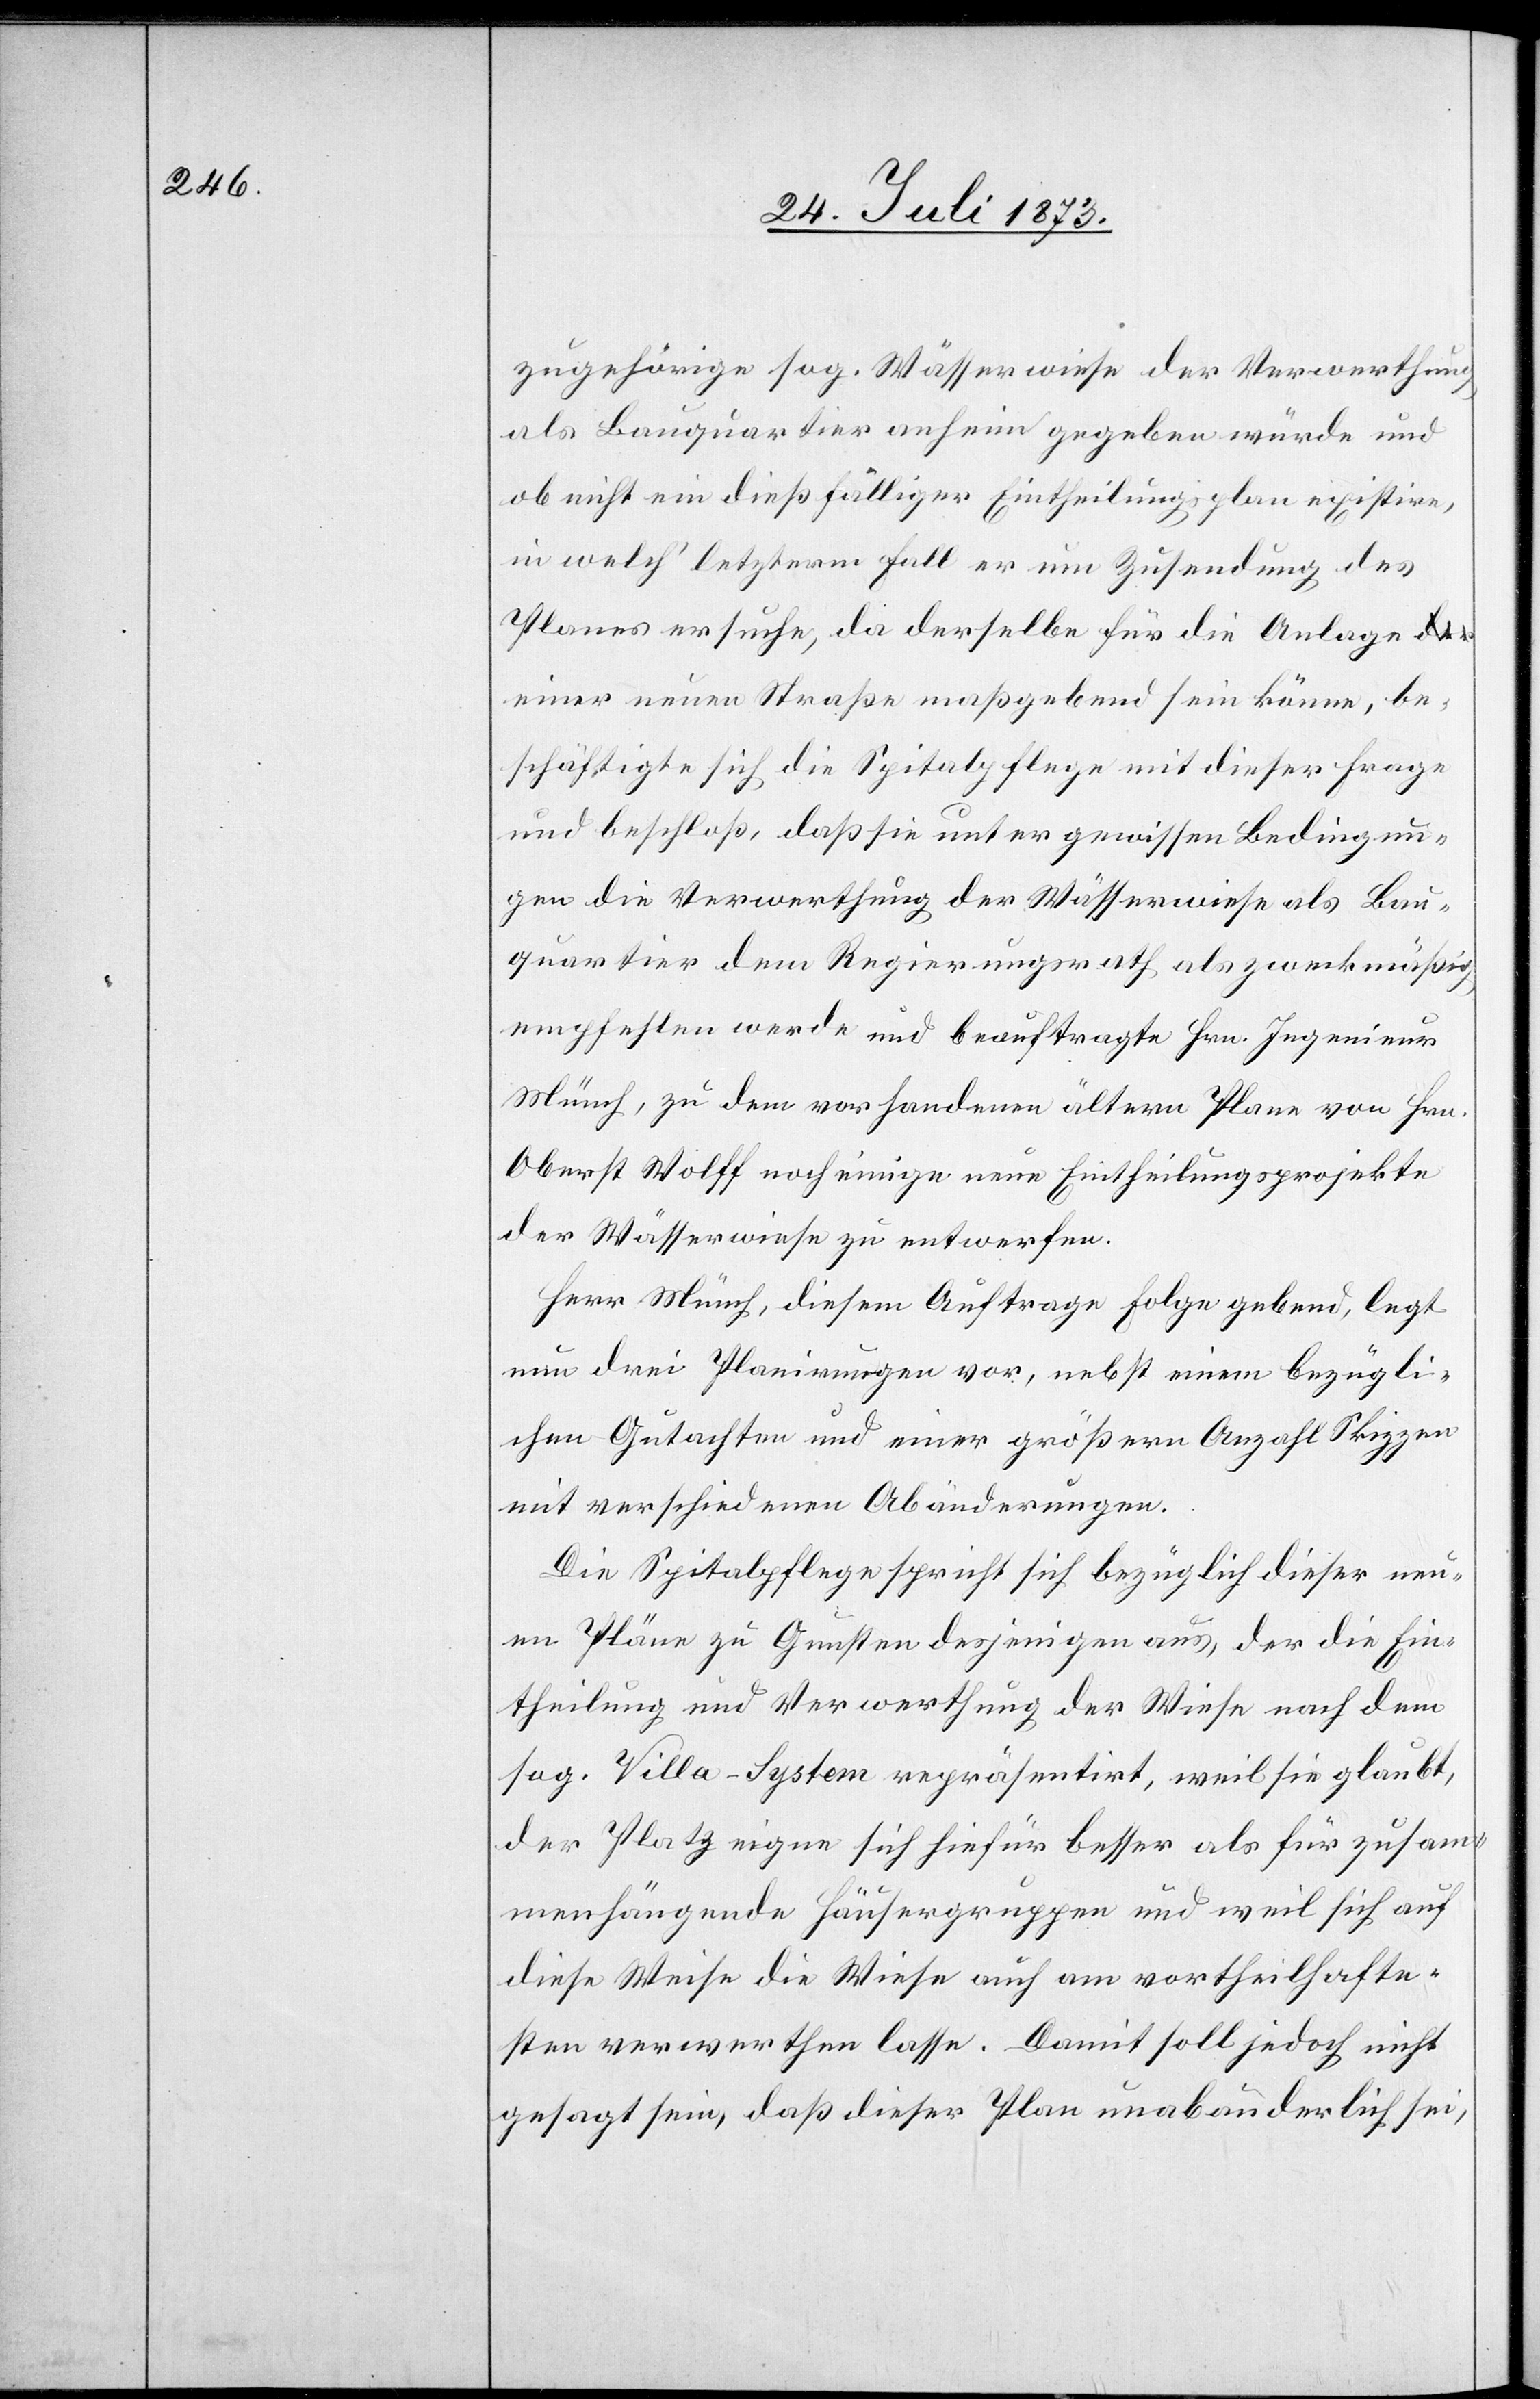
zugehörige sog. Wässerwiese der Verwerthung
als Bauquartier anheim gegeben würde und
ob nicht ein dießfälliger Eintheilungsplan existire,
in welch’ letzterem Fall er um Zusendung des
Planes ersuche, da derselbe für die Anlage e¬
iner neuen Straße maßgebend sein könne, be¬
schäftigte sich die Spitalpflege mit dieser Frage
und beschloß, daß sie unter gewissen Bedingun¬
gen die Verwerthung der Wässerwiese als Bau¬
quartier dem Regierungsrath als zweckmäßig
empfehlen werde und beauftragte Hrn. Ingenieur
Münch, zu dem vorhandenen ältern Plane von Hrn.
Oberst Wolff noch einige neue Eintheilungsprojekte
der Wässerwiese zu entwerfen.
Herr Münch, diesem Auftrage Folge gebend, legt
nun drei Planirungen vor, nebst einem bezügli¬
chen Gutachten und einer größern Anzahl Skizzen
mit verschiedenen Abänderungen.
Die Spitalpflege spricht sich bezüglich dieser neu¬
en Pläne zu Gunsten desjenigen aus, der die Ein¬
theilung und Verwerthung der Wiese nach dem
sog. Villa-System repräsentirt, weil sie glaubt,
der Platz eigne sich hiefür besser als für zusam¬
menhängende Häusergruppen und weil sich auf
diese Weise die Wiese auch am vortheilhafte¬
sten verwerthen lasse. Damit soll jedoch nicht
gesagt sein, daß dieser Plan unabänderlich sei,